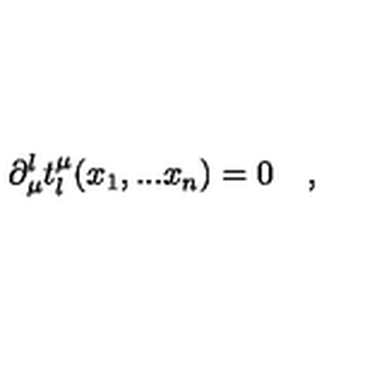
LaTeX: \partial _ { \mu } ^ { l } t _ { l } ^ { \mu } ( x _ { 1 } , . . . x _ { n } ) = 0 \quad , { }